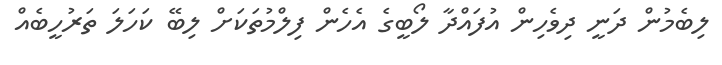
ލިބެމުން ދަނީ ދިވެހިން އުފައްދާ ލޯބީގެ އެހެން ފިލްމުތަކަށް ލިބޭ ކަހަލަ ތަރުހީބެއް